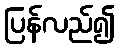
ပြန်လည်၍